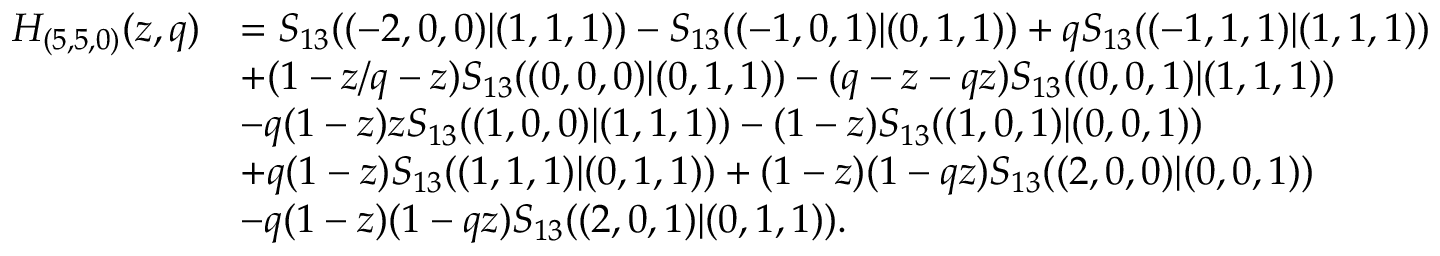
\begin{array} { r l } { H _ { ( 5 , 5 , 0 ) } ( z , q ) } & { = S _ { 1 3 } ( ( - 2 , 0 , 0 ) | ( 1 , 1 , 1 ) ) - S _ { 1 3 } ( ( - 1 , 0 , 1 ) | ( 0 , 1 , 1 ) ) + q S _ { 1 3 } ( ( - 1 , 1 , 1 ) | ( 1 , 1 , 1 ) ) } \\ & { + ( 1 - z / q - z ) S _ { 1 3 } ( ( 0 , 0 , 0 ) | ( 0 , 1 , 1 ) ) - ( q - z - q z ) S _ { 1 3 } ( ( 0 , 0 , 1 ) | ( 1 , 1 , 1 ) ) } \\ & { - q ( 1 - z ) z S _ { 1 3 } ( ( 1 , 0 , 0 ) | ( 1 , 1 , 1 ) ) - ( 1 - z ) S _ { 1 3 } ( ( 1 , 0 , 1 ) | ( 0 , 0 , 1 ) ) } \\ & { + q ( 1 - z ) S _ { 1 3 } ( ( 1 , 1 , 1 ) | ( 0 , 1 , 1 ) ) + ( 1 - z ) ( 1 - q z ) S _ { 1 3 } ( ( 2 , 0 , 0 ) | ( 0 , 0 , 1 ) ) } \\ & { - q ( 1 - z ) ( 1 - q z ) S _ { 1 3 } ( ( 2 , 0 , 1 ) | ( 0 , 1 , 1 ) ) . } \end{array}